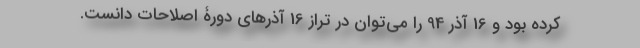
کرده بود و 16 آذر 94 را می‌توان در تراز 16 آذرهای دورۀ اصلاحات دانست.